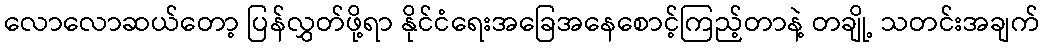
လောလောဆယ်တော့ ပြန်လွှတ်ဖို့ရာ နိုင်ငံရေးအခြေအနေစောင့်ကြည့်တာနဲ့ တချို့ သတင်းအချက်